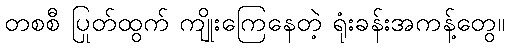
တစစီ ပြုတ်ထွက် ကျိုးကြေနေတဲ့ ရုံးခန်းအကန့်တွေ။